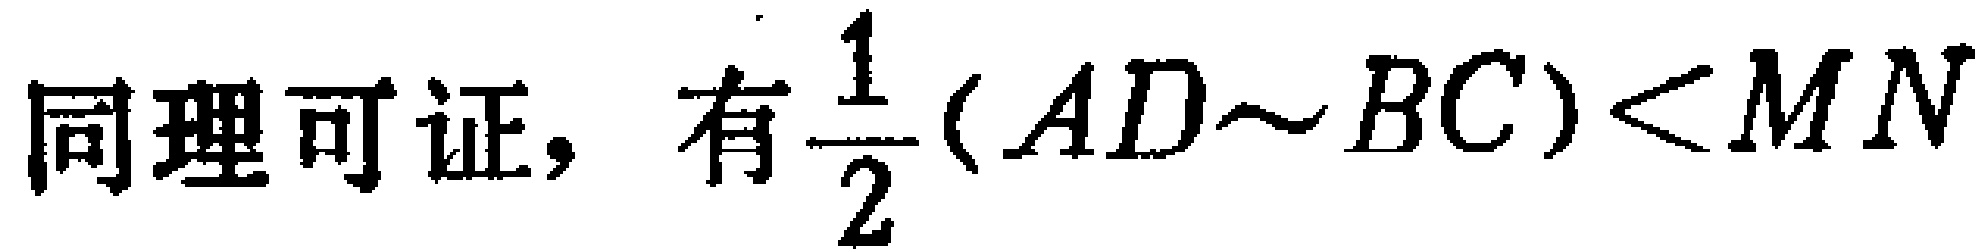
同理可证，有$\frac{1}{2}(AD\sim BC)<MN$